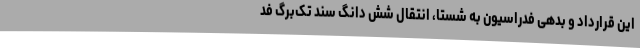
این قرارداد و بدهی فدراسیون به شستا، انتقال شش دانگ سند تک‌برگ فد